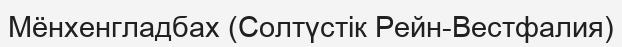
Мёнхенгладбах (Солтүстік Рейн-Вестфалия)